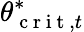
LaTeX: \theta_{\mathrm{~c~r~i~t~},t}^{*}